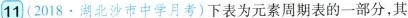
11 (2018·湖北沙市中学月考)下表为元素周期表的一部分，其